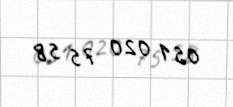
051 020 75 58